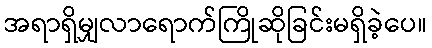
အရာရှိမျှလာရောက်ကြိုဆိုခြင်းမရှိခဲ့ပေ။